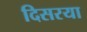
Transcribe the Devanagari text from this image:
दिसरया